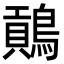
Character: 𪄌